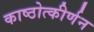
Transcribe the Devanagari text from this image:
काष्ठोत्कीर्णन